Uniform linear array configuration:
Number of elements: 12
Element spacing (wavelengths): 0.5
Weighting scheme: hamming
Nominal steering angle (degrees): -15
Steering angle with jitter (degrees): -13.379
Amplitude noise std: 0.05
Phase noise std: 0.05

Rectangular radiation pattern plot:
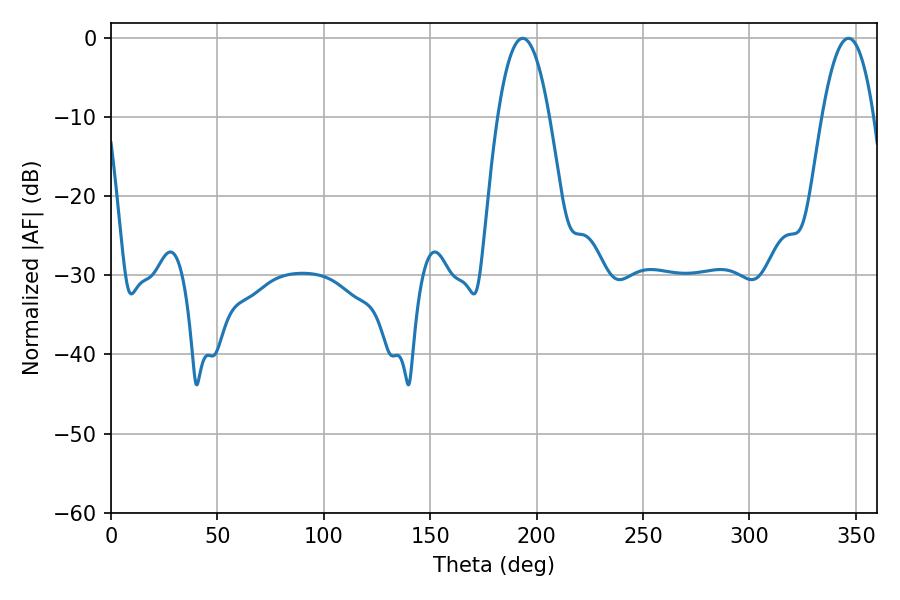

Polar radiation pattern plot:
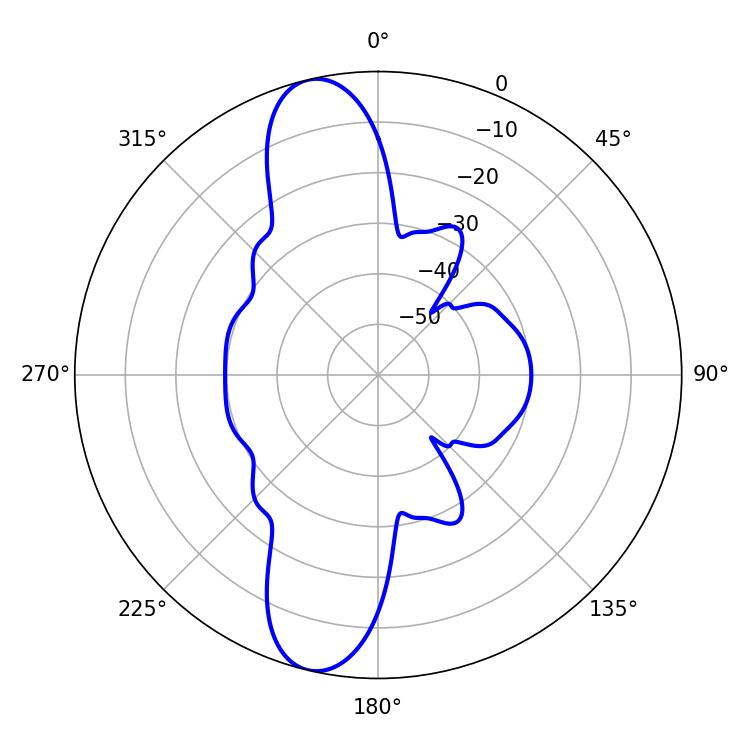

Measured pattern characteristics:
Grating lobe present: FALSE
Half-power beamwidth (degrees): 13.5
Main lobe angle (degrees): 193.5